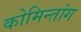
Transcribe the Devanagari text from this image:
कोमिन्तांग